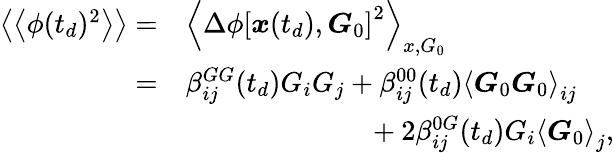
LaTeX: \begin{array}{rl}{\left\langle\left\langle\phi(t_{d})^{2}\right\rangle\right\rangle=}&{\left\langle\Delta\phi\left[\boldsymbol{x}(t_{d}),\boldsymbol{G}_{0}\right]^{2}\right\rangle_{x,G_{0}}}\\ {=}&{\beta_{ij}^{GG}(t_{d})G_{i}G_{j}+\beta_{ij}^{00}(t_{d})\left\langle\boldsymbol{G}_{0}\boldsymbol{G}_{0}\right\rangle_{ij}}\\ &{\hphantom{\beta_{ij}^{GG}(t_{d})G_{i}G_{j}+}+2\beta_{ij}^{0G}(t_{d})G_{i}\left\langle\boldsymbol{G}_{0}\right\rangle_{j},}\end{array}